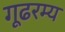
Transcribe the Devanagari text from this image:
गूढरम्य